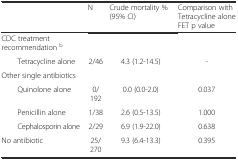
<table><thead><tr><td></td><td><b>N</b></td><td><b>Crude mortality % (95% CI)</b></td><td><b>Comparison with Tetracycline alone FET p value</b></td></tr></thead><tbody><tr><td>CDC treatment recommendation <sup>b</sup></td><td></td><td></td><td></td></tr><tr><td>Tetracycline alone</td><td>2/46</td><td>4.3 (1.2-14.5)</td><td>-</td></tr><tr><td>Other single antibiotics</td><td></td><td></td><td></td></tr><tr><td>Quinolone alone</td><td>0/192</td><td>0.0 (0.0-2.0)</td><td>0.037</td></tr><tr><td>Penicillin alone</td><td>1/38</td><td>2.6 (0.5-13.5)</td><td>1.000</td></tr><tr><td>Cephalosporin alone</td><td>2/29</td><td>6.9 (1.9-22.0)</td><td>0.638</td></tr><tr><td>No antibiotic</td><td>25/270</td><td>9.3 (6.4-13.3)</td><td>0.395</td></tr></tbody></table>